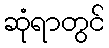
ဆုံရာတွင်